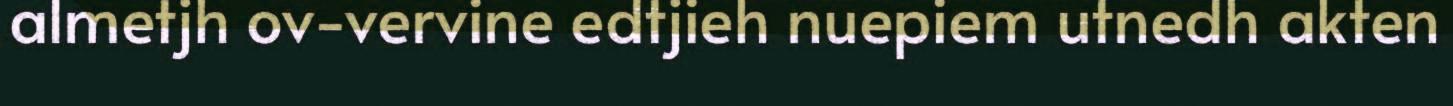
almetjh ov-vervine edtjieh nuepiem utnedh akten